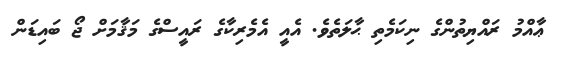
ޢާއްމު ރައްޔިތުންގެ ނިކަމެތި ޙާލަތެވެ. އެއީ އެމެރިކާގެ ރައީސްގެ މަޤާމަށް ޖޯ ބައިޑަން